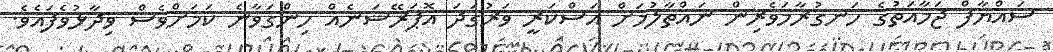
ސައްޔާފް ޖަމާއަތުގެ ހަނގުރާމަވެރިން ނައްތާލުމަށް އަސްކަރީ ވަރުގަދަ އޮޕަރޭޝަނެއް ހިންގަވާނެ ކަމަށްވެސް ވިދާޅުވެފައެވެ.